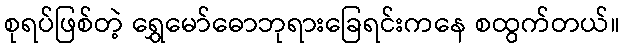
စုရပ်ဖြစ်တဲ့ ရွှေမော်ဓောဘုရားခြေရင်းကနေ စထွက်တယ်။